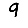
Digit: 9